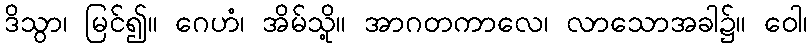
ဒိသွာ၊ မြင်၍။ ဂေဟံ၊ အိမ်သို့။ အာဂတကာလေ၊ လာသောအခါ၌။ ဝေါ၊